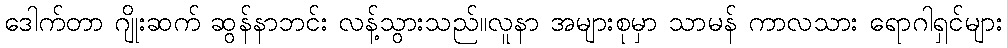
ဒေါက်တာ ဂျိုးဆက် ဆွန်နာဘင်း လန့်သွားသည်။လူနာ အများစုမှာ သာမန် ကာလသား ရောဂါရှင်များ